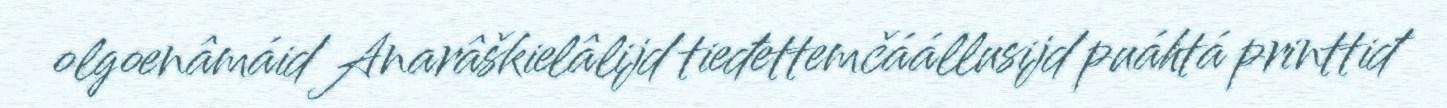
olgoenâmáid Anarâškielâlijd tieđettemčáállusijd puáhtá printtiđ